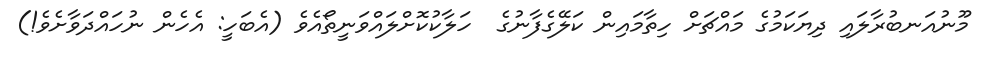
މޫނުއަނބުރާލައި ދިޔަކަމުގެ މައްޗަށް ހިތާމައިން ކަލޭގެފާނުގެ  ހަލާކުކޮށްލައްވަނީތޯއެވެ (އެބަހީ: އެހެން ނުހައްދަވާށެވެ!)